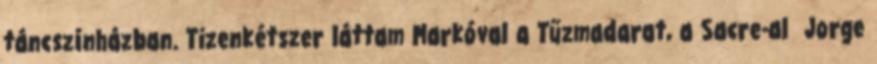
táncszínházban. Tizenkétszer láttam Markóval a Tűzmadarat, a Sacre-al Jorge